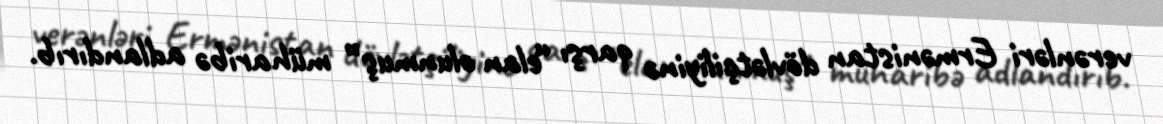
verənləri Ermənistan dövlətçiliyinə qarşı “elan olunmuş” müharibə adlandırıb.